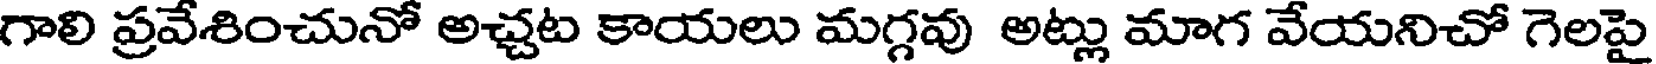
గాలి ప్రవేశించునో అచ్చట కాయలు మగ్గవు అట్లు మాగ వేయనిచో గెలపై